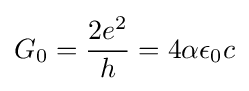
G_{0}={\frac {2e^{2}}{h}}=4\alpha \epsilon _{0}c